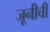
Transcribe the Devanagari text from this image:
जूनीची